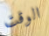
الوقت